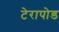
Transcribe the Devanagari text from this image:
टेरापोड